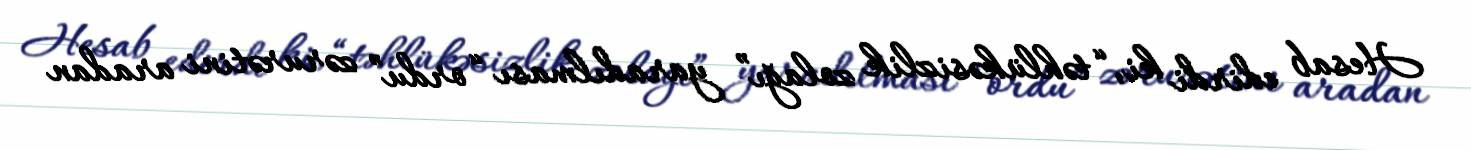
Hesab edirdi ki, “təhlükəsizlik zolağı” yaradılması “ordu” zərurətini aradan